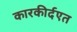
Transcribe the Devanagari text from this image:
कारकीर्दएत